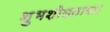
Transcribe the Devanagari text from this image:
शुभशीलताया।